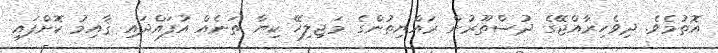
އޮތުމެވެ. ދިވެހިރާއްޖޭގެ ދުސްތޫރުން ރައްޔިތުންގެ މަޖިލިހޭ ކިޔާ ތަނެއް އުފައްދައި ޤާއިމު ކޮށްފައި